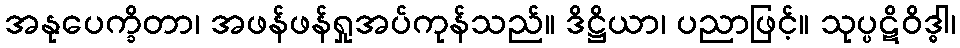
အနုပေက္ခိတာ၊ အဖန်ဖန်ရှုအပ်ကုန်သည်။ ဒိဋ္ဌိယာ၊ ပညာဖြင့်။ သုပ္ပဋိဝိဒ္ဓါ၊